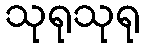
သုရုသုရု